system: You are a helpful assistant.
user:
Analyze the provided spectrum to determine if it is a **Carbon Star (C-type)**.

- **Key Visual Indicators of Carbon Star:**
    - **(Primary):** Strong molecular absorption from **C₂ (diatomic carbon) "Swan Bands."** This is the **defining feature** of a carbon star.
        - **(Key Bandheads):** Sharp absorption edges are visible at approximately $5635$ Å, $5165$ Å (the strongest band), and $4737$ Å.
        - **(Line Profile):** Creates a distinct **"saw-tooth"** pattern. The key morphology is a sharp, steep bandhead on the **red (long-wavelength) side**, which then gradually tapers off (i.e., flux recovers) towards the **blue (short-wavelength) side**. *(This is the direct opposite of the TiO bands seen in M-type stars)*.

    - **(Secondary):** Intense **CN (cyanogen)** molecular absorption bands.
        - **(Key Bandheads):** Located in the blue and violet regions of the spectrum (e.g., near $4215$ Å and $3883$ Å).
        - **(Morphology):** These bands are extremely broad and act as a "blanket," absorbing the vast majority of blue and violet light. This creates a characteristic **"cliff"** or **"steep drop-off"** in the spectrum's flux at short wavelengths.

    - **(Key Confirmation):** Strong **CH absorption band (G-band)**.
        - **(Key Bandhead):** Located around $4300$ Å. The contribution from CH molecules to this band is exceptionally strong.

    - **(Overall Spectrum):**
        - The continuum is severely "chopped up" by these deep molecular bands, especially C₂, rather than appearing as a smooth curve.
        - Due to the heavy CN and C₂ absorption in the blue-green, the vast majority of the star's flux is concentrated in the red part of the spectrum, giving the star its characteristic deep red color.

Think first, call **spectral_visualization_tool** if needed to examine features in detail, then provide your final answer. Your response must adhere to the following strict rules:
1.  **Overall Structure:** Your response must follow the format `<think>...</think> <tool_call>...</tool_call> (if a tool is used) <answer>...</answer>`.
2.  **Tool Usage Constraint:** You may only make **one** tool call per turn.
3.  **Final Answer Format:** In the `<answer>` tag, your conclusion must be inside a `\boxed{}` command (e.g., `\boxed{YES}`), followed by your justification.

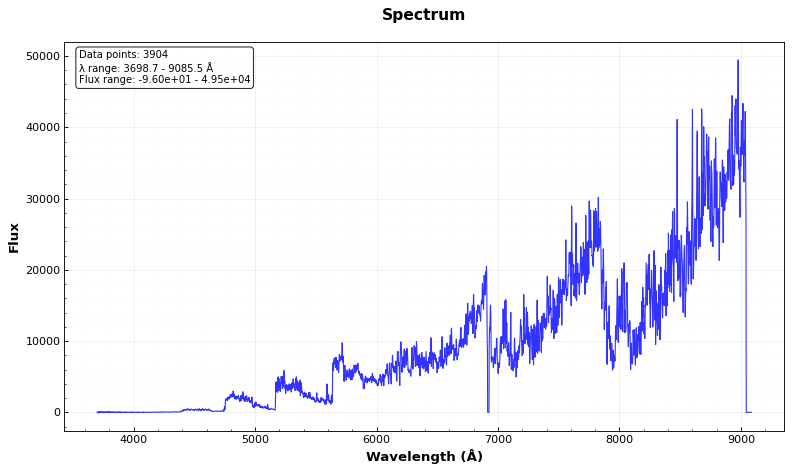
Answer: YES